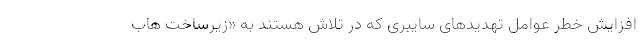
افزایش خطر عوامل تهدیدهای سایبری که در تلاش هستند به «زیرساخت هاب